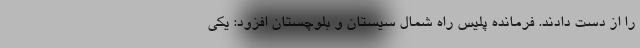
را از دست دادند. فرمانده پلیس راه شمال سیستان و بلوچستان افزود: یکی